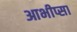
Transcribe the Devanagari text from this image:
आभीप्सा